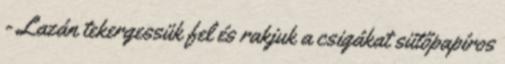
- Lazán tekergessük fel és rakjuk a csigákat sütőpapíros